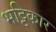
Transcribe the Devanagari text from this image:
भट्टिकार